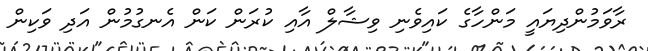
ރާވަމުންދިޔައީ މަންހާގެ ކައިވެނި ވިޝާލް އާއި ކުރަން ކަން އެނގުމުން އަދި ވަކިން